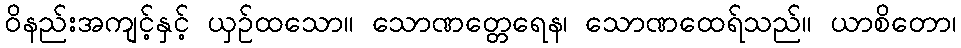
ဝိနည်းအကျင့်နှင့် ယှဉ်ထသော။ သောဏတ္တေရေန၊ သောဏထေရ်သည်။ ယာစိတော၊